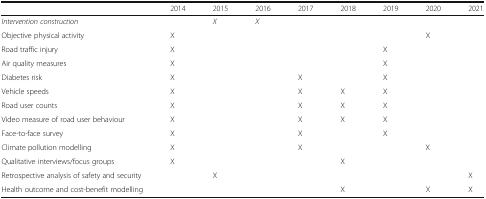
<table><thead><tr><td></td><td><b>2014</b></td><td><b>2015</b></td><td><b>2016</b></td><td><b>2017</b></td><td><b>2018</b></td><td><b>2019</b></td><td><b>2020</b></td><td><b>2021</b></td></tr></thead><tbody><tr><td><i>Intervention construction</i></td><td></td><td><i>X</i></td><td><i>X</i></td><td></td><td></td><td></td><td></td><td></td></tr><tr><td>Objective physical activity</td><td>X</td><td></td><td></td><td></td><td></td><td></td><td>X</td><td></td></tr><tr><td>Road traffic injury</td><td>X</td><td></td><td></td><td></td><td></td><td>X</td><td></td><td></td></tr><tr><td>Air quality measures</td><td>X</td><td></td><td></td><td></td><td></td><td>X</td><td></td><td></td></tr><tr><td>Diabetes risk</td><td>X</td><td></td><td></td><td>X</td><td></td><td>X</td><td></td><td></td></tr><tr><td>Vehicle speeds</td><td>X</td><td></td><td></td><td>X</td><td>X</td><td>X</td><td></td><td></td></tr><tr><td>Road user counts</td><td>X</td><td></td><td></td><td>X</td><td>X</td><td>X</td><td></td><td></td></tr><tr><td>Video measure of road user behaviour</td><td>X</td><td></td><td></td><td>X</td><td>X</td><td>X</td><td></td><td></td></tr><tr><td>Face-to-face survey</td><td>X</td><td></td><td></td><td>X</td><td></td><td>X</td><td></td><td></td></tr><tr><td>Climate pollution modelling</td><td>X</td><td></td><td></td><td>X</td><td></td><td></td><td>X</td><td></td></tr><tr><td>Qualitative interviews/focus groups</td><td>X</td><td></td><td></td><td></td><td>X</td><td></td><td></td><td></td></tr><tr><td>Retrospective analysis of safety and security</td><td></td><td>X</td><td></td><td></td><td></td><td></td><td></td><td>X</td></tr><tr><td>Health outcome and cost-benefit modelling</td><td></td><td></td><td></td><td></td><td>X</td><td></td><td>X</td><td>X</td></tr></tbody></table>